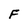
Character: F